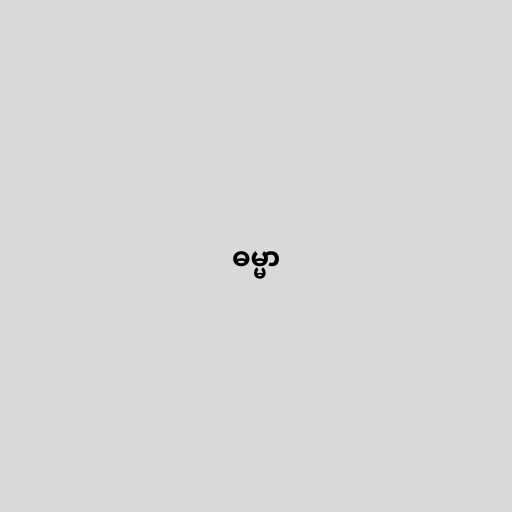
ဓမ္မာ